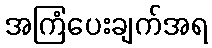
အကြံပေးချက်အရ